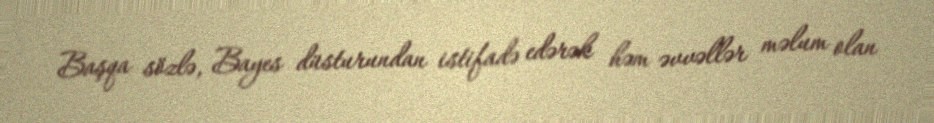
Başqa sözlə, Bayes düsturundan istifadə edərək həm əvvəllər məlum olan